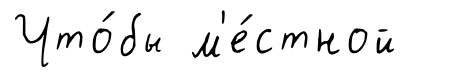
Что́бы м'е́стной